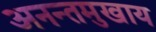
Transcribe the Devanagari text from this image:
अनन्तमुखाय